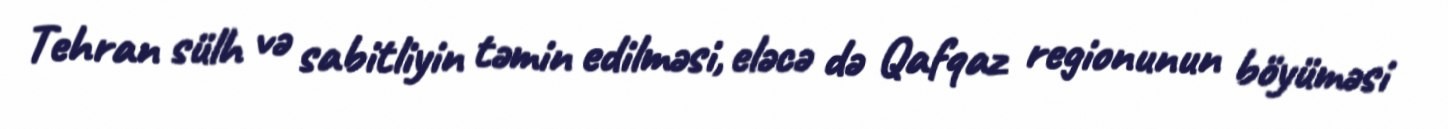
Tehran sülh və sabitliyin təmin edilməsi, eləcə də Qafqaz regionunun böyüməsi